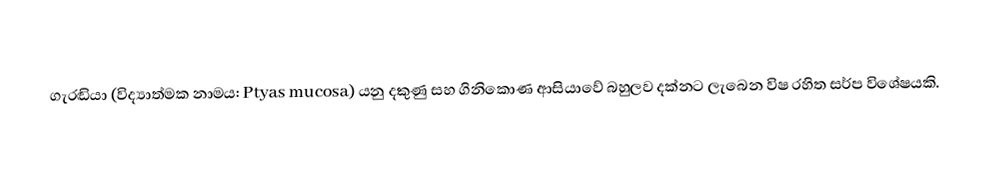
ගැරඬියා (විද්‍යාත්මක නාමය: Ptyas mucosa) යනු දකුණු සහ ගිනිකොණ ආසියාවේ බහුලව දක්නට ලැබෙන විෂ රහිත සර්ප විශේෂයකි.